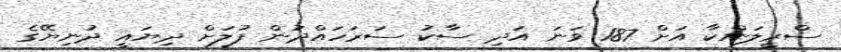
ސްރީލަންކާ އަށް 187 ވަނަ އަދި ސާކު ސަރަހައްދުން ފުލަށް ދިޔައީ ދުނިޔޭގެ